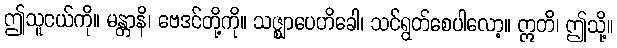
ဤသူငယ်ကို။ မန္တာနိ၊ ဗေဒင်တို့ကို။ သဇ္ဈာပေဟိခေါ၊ သင်ရွတ်စေပါလော့။ ဣတိ၊ ဤသို့။